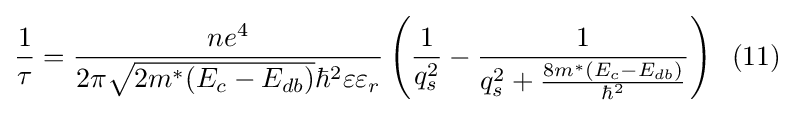
{\frac {1}{\tau }}={\frac {ne^{4}}{2\pi {\sqrt {2m^{*}(E_{c}-E_{db})}}\hbar ^{2}\varepsilon \varepsilon _{r}}}\left({\frac {1}{q_{s}^{2}}}-{\frac {1}{q_{s}^{2}+{\frac {8m^{*}(E_{c}-E_{db})}{\hbar ^{2}}}}}\right)\;\;(11)